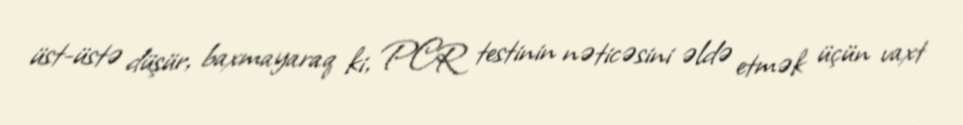
üst-üstə düşür, baxmayaraq ki, PCR testinin nəticəsini əldə etmək üçün vaxt